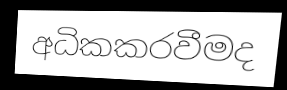
අධිකකරවීමද